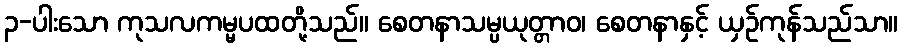
၃-ပါးသော ကုသလကမ္မပထတို့သည်။ စေတနာသမ္ပယုတ္တာဝ၊ စေတနာနှင့် ယှဉ်ကုန်သည်သာ။